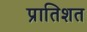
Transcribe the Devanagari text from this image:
प्रातिशत